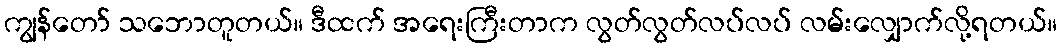
ကျွန်တော် သဘောတူတယ်။ ဒီထက် အရေးကြီးတာက လွတ်လွတ်လပ်လပ် လမ်းလျှောက်လို့ရတယ်။